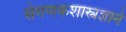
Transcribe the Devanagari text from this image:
संगणकशास्त्रज्ञाने